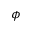
\phi